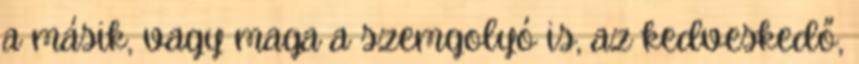
a másik, vagy maga a szemgolyó is, az kedveskedő,